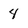
Character: 4